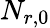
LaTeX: N_{r,0}